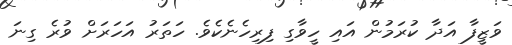
ވަޒީފާ އަދާ ކުރަމުން އައި ހީވާގި ފިރިހެނެކެވެ. ހަތަރު އަހަރަށް ވުރެ ގިނަ